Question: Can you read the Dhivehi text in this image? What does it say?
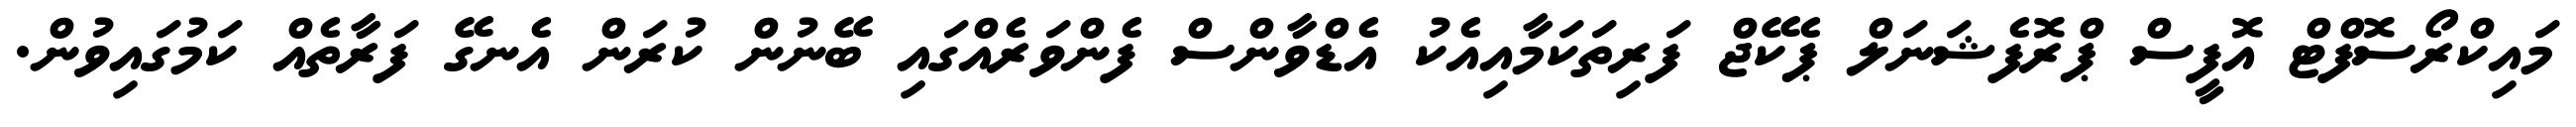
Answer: މައިކްރޯސޮފްޓް އޮފީސް ޕްރޮފެޝަނަލް ޕެކޭޖް ފަރިތަކަމާއިއެކު އެޑްވާންސް ފެންވަރެއްގައި ބޭނުން ކުރަން އެނގޭ ފަރާތެއް ކަމުގައިވުން.